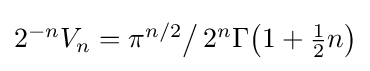
{\textstyle 2^{-n}V_{n}=\pi ^{n/2}{\big /}\,2^{n}\Gamma {\bigl (}1+{\tfrac {1}{2}}n{\bigr )}}